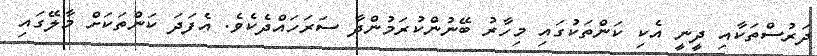
ދަރުސްތަކާއި ދީނީ އެކި ކަންތަކުގައި މިހާރު ބޭނުންކުރަމުންދާ ސަރަހައްދެކެވެ. އެފަދަ ކަންތަކަށް މާލޭގައި